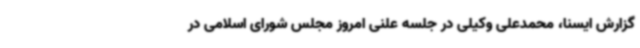
گزارش ایسنا، محمدعلی وکیلی در جلسه علنی امروز مجلس شورای اسلامی در